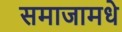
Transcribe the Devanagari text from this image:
समाजामधे